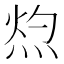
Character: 𭴰